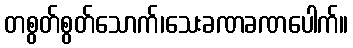
တစွတ်စွတ်သောက်၊သေးခဏခဏပေါက်။